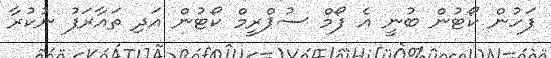
ފަހުން ކޯޓުން ބުނީ އެ ފޯމް ސުޕްރީމް ކޯޓުން އަދި ތައާރަފު ނުކުރާ